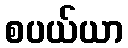
စပယ်ယာ